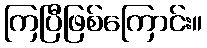
ကြပြီဖြစ်ကြောင်း။